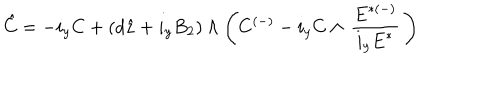
\hat { C } = - i _ { y } C + ( d \hat { z } + i _ { y } B _ { 2 } ) \wedge \left( C ^ { ( - ) } - i _ { y } C \wedge \, { \frac { { E } ^ { { * } ( - ) } } { i _ { y } { E } ^ { { * } } } } \, \right) \,